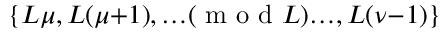
\{ L \mu , L ( \mu { + } 1 ) , { \ldots } ( \textrm { m o d } L ) { \ldots } , L ( \nu { - } 1 ) \}